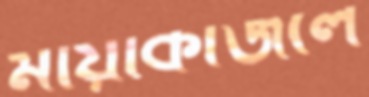
মায়াকাজলে